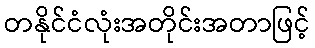
တနိုင်ငံလုံးအတိုင်းအတာဖြင့်